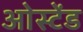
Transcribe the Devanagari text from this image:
ओस्टेंड